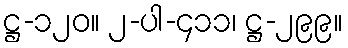
ဋ္ဌ-၁၂၀။ ၂-ပါ-၄၁၁၊ ဋ္ဌ-၂၉၉။